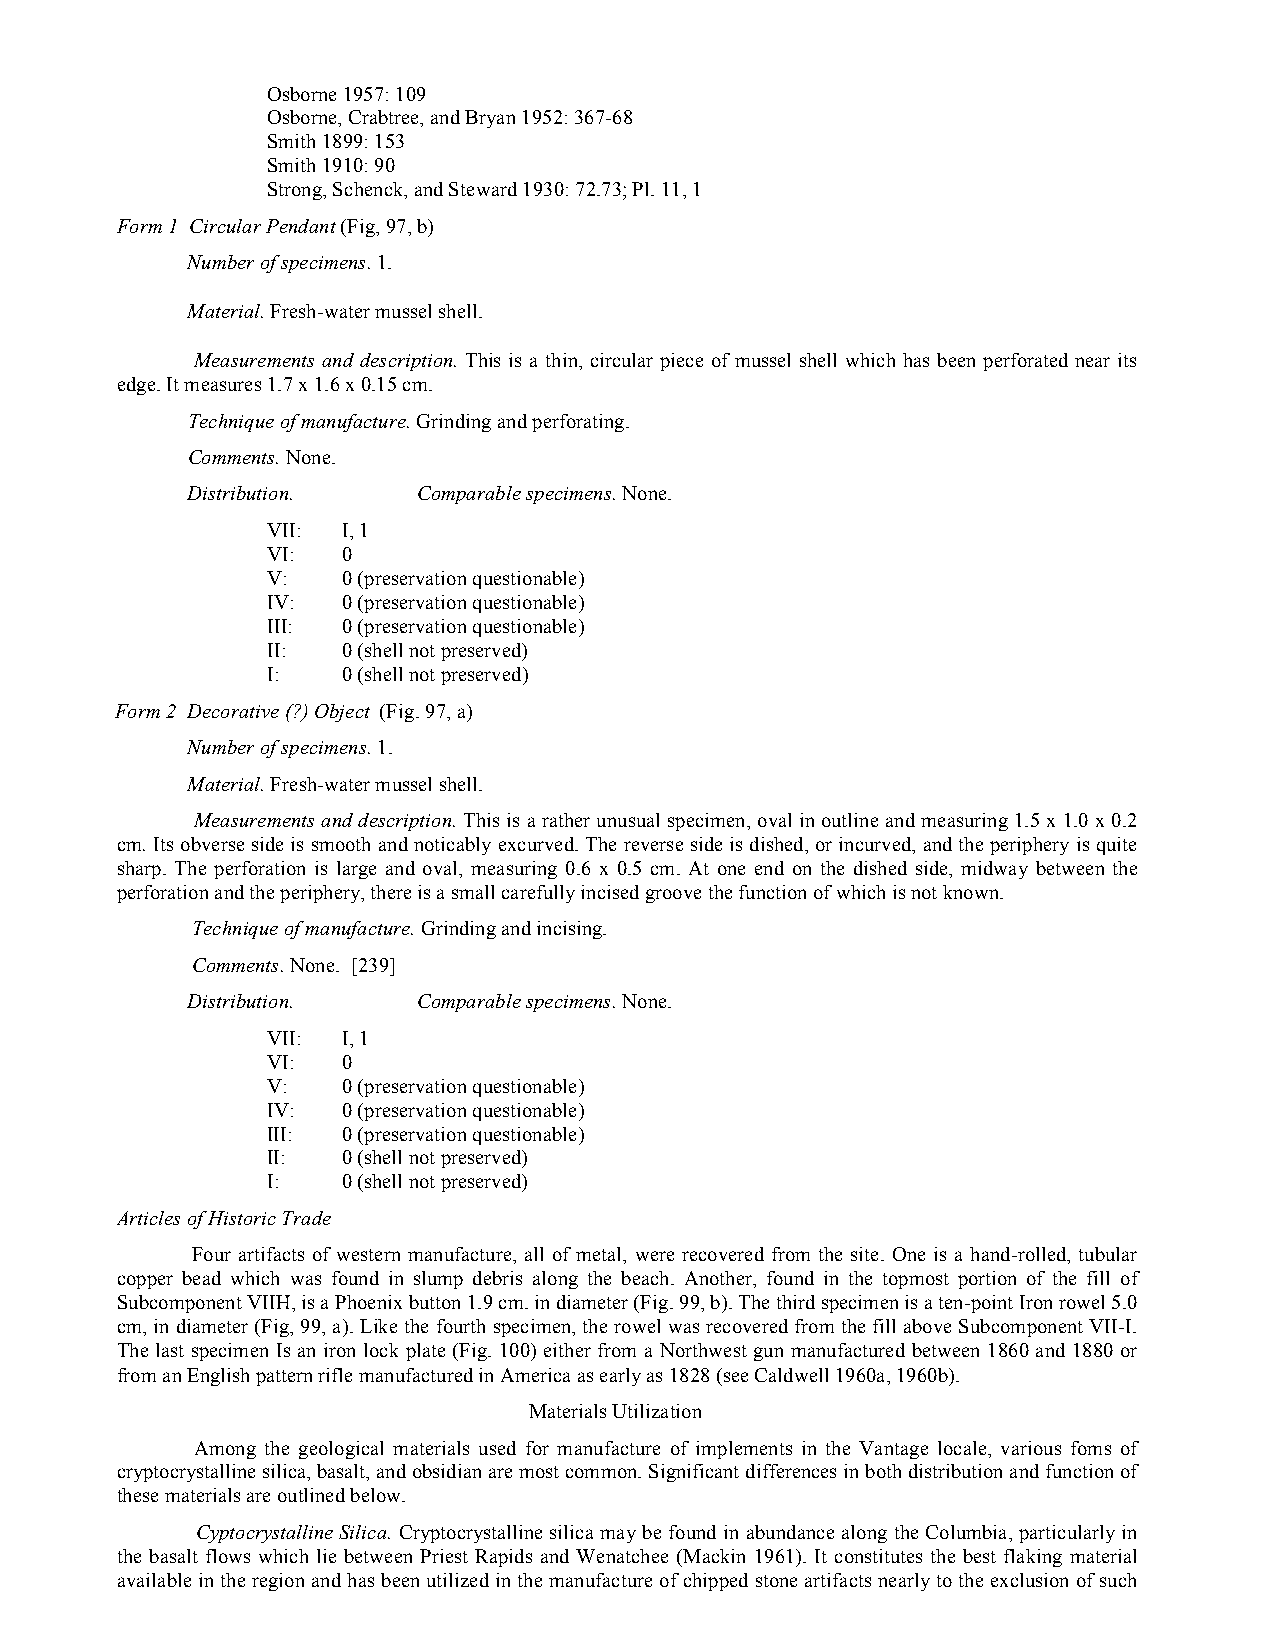
Osborne 1957: 109
 Osborne, Crabtree, and Bryan 1952: 367-68
 Smith 1899: 153
 Smith 1910: 90
 Strong, Schenck, and Steward 1930: 72.73; Pl. 11, 1
 Form 1 Circular Pendant (Fig, 97, b)
 Number of specimens. 1.
 Material. Fresh-water mussel shell.
 Measurements and description. This is a thin, circular piece of mussel shell which has been perforated near its
 edge. It measures 1.7 x 1.6 x 0.15 cm.
 Technique of manufacture. Grinding and perforating.
 Comments. None.
 Distribution.   Comparable specimens. None.
 VII: I, 1
 VI:  0
 V:   0 (preservation questionable)
 IV:  0 (preservation questionable)
 III: 0 (preservation questionable)
 II:  0 (shell not preserved)
 I:   0 (shell not preserved)
 Form 2 Decorative (?) Object (Fig. 97, a)
 Number of specimens. 1.
 Material. Fresh-water mussel shell.
 Measurements and description. This is a rather unusual specimen, oval in outline and measuring 1.5 x 1.0 x 0.2
 cm. Its obverse side is smooth and noticably excurved. The reverse side is dished, or incurved, and the periphery is quite
 sharp. The perforation is large and oval, measuring 0.6 x 0.5 cm. At one end on the dished side, midway between the
 perforation and the periphery, there is a small carefully incised groove the function of which is not known.
 Technique of manufacture. Grinding and incising.
 Comments. None. [239]
 Distribution.   Comparable specimens. None.
 VII: I, 1
 VI:  0
 V:   0 (preservation questionable)
 IV:  0 (preservation questionable)
 III: 0 (preservation questionable)
 II:  0 (shell not preserved)
 I:   0 (shell not preserved)
 Articles of Historic Trade
 Four artifacts of western manufacture, all of metal, were recovered from the site. One is a hand-rolled, tubular
 copper bead which was found in slump debris along the beach. Another, found in the topmost portion of the fill of
 Subcomponent VIIH, is a Phoenix button 1.9 cm. in diameter (Fig. 99, b). The third specimen is a ten-point Iron rowel 5.0
 cm, in diameter (Fig, 99, a). Like the fourth specimen, the rowel was recovered from the fill above Subcomponent VII-I.
 The last specimen Is an iron lock plate (Fig. 100) either from a Northwest gun manufactured between 1860 and 1880 or
 from an English pattern rifle manufactured in America as early as 1828 (see Caldwell 1960a, 1960b).
 Materials Utilization
 Among the geological materials used for manufacture of implements in the Vantage locale, various foms of
 cryptocrystalline silica, basalt, and obsidian are most common. Significant differences in both distribution and function of
 these materials are outlined below.
 Cyptocrystalline Silica. Cryptocrystalline silica may be found in abundance along the Columbia, particularly in
 the basalt flows which lie between Priest Rapids and Wenatchee (Mackin 1961). It constitutes the best flaking material
 available in the region and has been utilized in the manufacture of chipped stone artifacts nearly to the exclusion of such